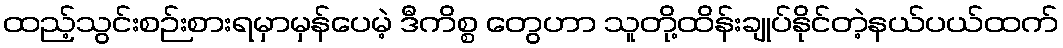
ထည့်သွင်းစဉ်းစားရမှာမှန်ပေမဲ့ ဒီကိစ္စ တွေဟာ သူတို့ထိန်းချုပ်နိုင်တဲ့နယ်ပယ်ထက်